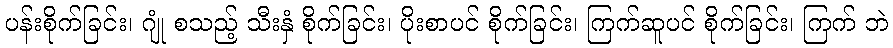
ပန်းစိုက်ခြင်း၊ ဂျုံ စသည့် သီးနှံ စိုက်ခြင်း၊ ပိုးစာပင် စိုက်ခြင်း၊ ကြက်ဆူပင် စိုက်ခြင်း၊ ကြက် ဘဲ